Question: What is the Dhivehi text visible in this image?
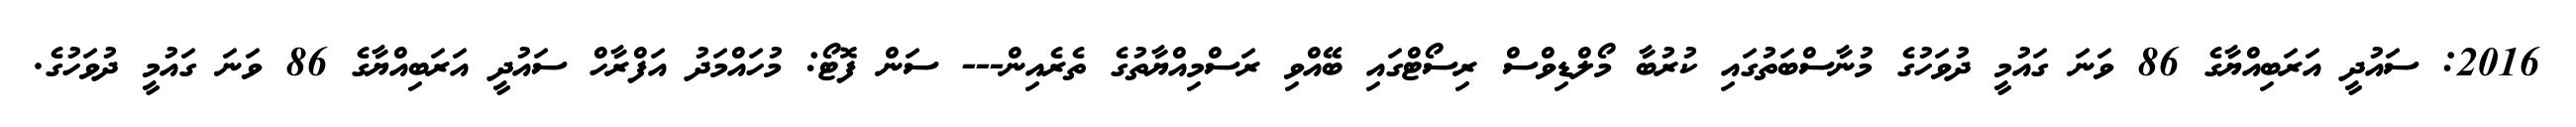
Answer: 2016: ސައުދީ އަރަބިއްޔާގެ 86 ވަނަ ގައުމީ ދުވަހުގެ މުނާސްބަތުގައި ކުރުބާ މޯލްޑިވްސް ރިސޯޓްގައި ބޭއްވި ރަސްމިއްޔާތުގެ ތެރެއިން--- ސަން ފޮޓޯ: މުހައްމަދު އަފްރާހް ސައުދީ އަރަބިއްޔާގެ 86 ވަނަ ގައުމީ ދުވަހުގެ.